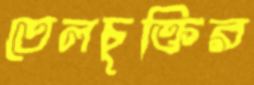
তেলচুক্তির